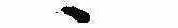
ゝ